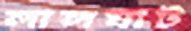
লালঘাট